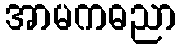
အာမကဓညာ